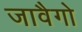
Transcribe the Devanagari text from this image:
जावैगो